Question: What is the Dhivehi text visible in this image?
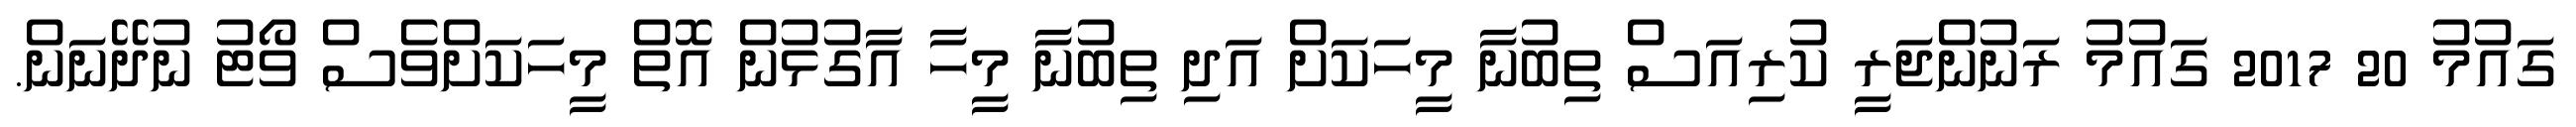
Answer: ގައުމު 20 2017 ގައުމު ރަނުންޖަރީ ކުރިއަސް ތިބުނާ މީހަކަށް އަދި ތިބުނާ މީހާ އާގުޅުން އޮތް މީހަކަށްވެސް ވޯޓު ނުދޭނަން.